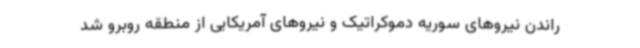
راندن نیروهای سوریه دموکراتیک و نیروهای آمریکایی از منطقه روبرو شد